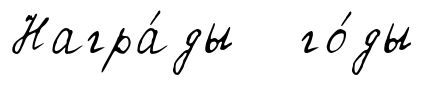
Награ́ды го́ды